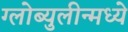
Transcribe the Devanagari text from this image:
ग्लोब्युलीन्मध्ये